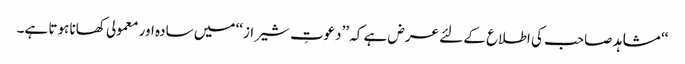
‘‘ مشاہد صاحب کی اطلاع کے لئے عرض ہے کہ ’’دعوتِ شیراز‘‘ میں سادہ اور معمولی کھانا ہوتا ہے۔